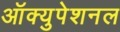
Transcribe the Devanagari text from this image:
ऑक्युपेशनल